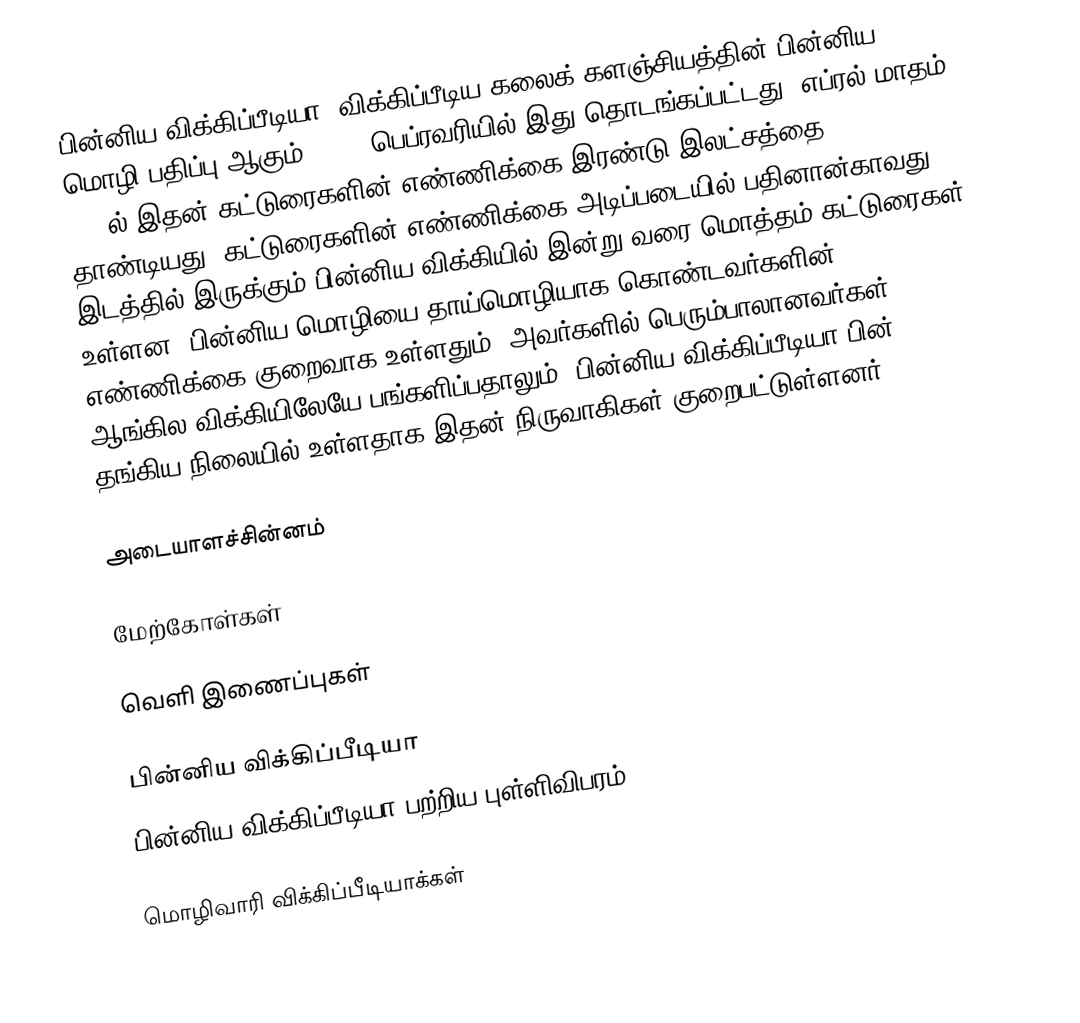
பின்னிய விக்கிப்பீடியா, விக்கிப்பீடிய கலைக் களஞ்சியத்தின் பின்னிய மொழி பதிப்பு ஆகும். 2002 பெப்ரவரியில் இது தொடங்கப்பட்டது. எப்ரல் மாதம் 2009ல் இதன் கட்டுரைகளின் எண்ணிக்கை இரண்டு இலட்சத்தை தாண்டியது. கட்டுரைகளின் எண்ணிக்கை அடிப்படையில் பதினான்காவது இடத்தில் இருக்கும் பின்னிய விக்கியில் இன்று வரை மொத்தம் கட்டுரைகள் உள்ளன. பின்னிய மொழியை தாய்மொழியாக கொண்டவர்களின் எண்ணிக்கை குறைவாக உள்ளதும், அவர்களில் பெரும்பாலானவர்கள் ஆங்கில விக்கியிலேயே பங்களிப்பதாலும், பின்னிய விக்கிப்பீடியா பின் தங்கிய நிலையில் உள்ளதாக இதன் நிருவாகிகள் குறைபட்டுள்ளனர்.

அடையாளச்சின்னம்

மேற்கோள்கள்

வெளி இணைப்புகள்

 பின்னிய விக்கிப்பீடியா
 பின்னிய விக்கிப்பீடியா பற்றிய புள்ளிவிபரம்

மொழிவாரி விக்கிப்பீடியாக்கள்